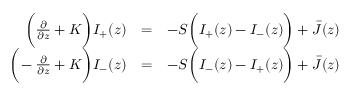
\begin{array} { r l r } { \bigg ( \frac { \partial } { \partial z } + K \bigg ) I _ { + } ( z ) } & { = } & { - S \bigg ( I _ { + } ( z ) - I _ { - } ( z ) \bigg ) + \bar { \cal J } ( z ) } \\ { \bigg ( \! - \frac { \partial } { \partial z } + K \bigg ) I _ { - } ( z ) } & { = } & { - S \bigg ( I _ { - } ( z ) - I _ { + } ( z ) \bigg ) + \bar { \cal J } ( z ) } \end{array}